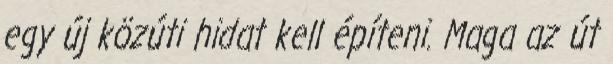
egy új közúti hidat kell építeni. Maga az út